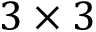
3 \times 3